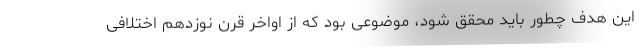
این هدف چطور باید محقق شود، موضوعی بود که از اواخر قرن نوزدهم اختلافی